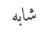
شابه